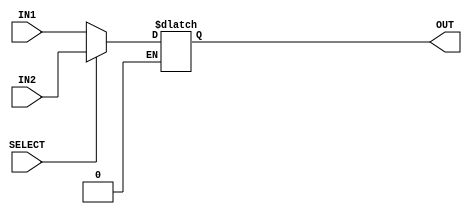
/*
    * CO224 - Computer Architecture
    * Lab 05 - Part 5
    * Multiplexer unit
    * Group 09 (E/20/148, E/20/157)
    * 2024-05-15
    * Version 1.0
*/

module mux(IN1, IN2, SELECT, OUT);
    // Input-output Declaration
    input[7:0] IN1, IN2;
    input SELECT;

    output reg[7:0] OUT;

    // Operation
    always @ (IN1, IN2, SELECT)
    begin
      if(SELECT == 0) begin
        OUT = IN1;
      end

      else if(SELECT == 1) begin
        OUT = IN2;
      end

     //$display("IN1: %b \t IN2: %b \t S: %b \t OUT: %b", IN1, IN2, SELECT, OUT);
    end

endmodule